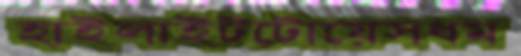
হাইলাইটটোয়েসধম